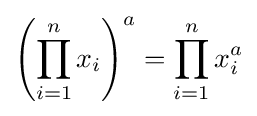
\left(\prod _{i=1}^{n}x_{i}\right)^{a}=\prod _{i=1}^{n}x_{i}^{a}